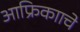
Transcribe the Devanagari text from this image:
आफ्रिकााचे